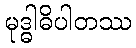
မုဒ္ဓါဓိပါတဿ